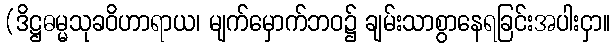
(ဒိဋ္ဌဓမ္မသုခဝိဟာရာယ၊ မျက်မှောက်ဘဝ၌ ချမ်းသာစွာနေရခြင်းအပါးငှာ။